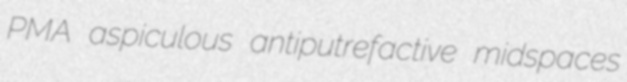
PMA aspiculous antiputrefactive midspaces